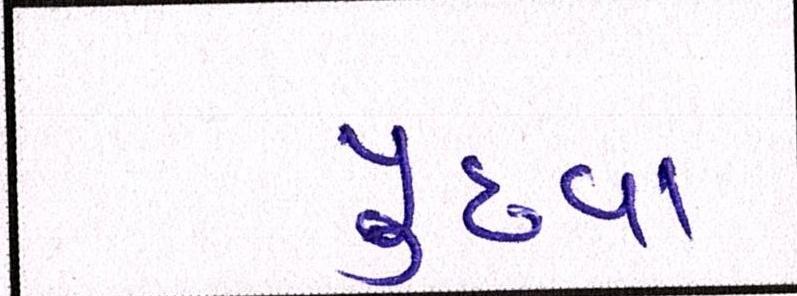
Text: પુછવા